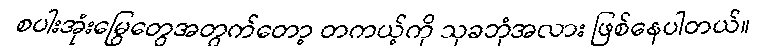
စပါးအုံးမြွေတွေအတွက်တော့ တကယ့်ကို သုခဘုံအလား ဖြစ်နေပါတယ်။